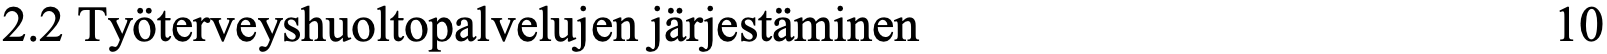
2.2 Työterveyshuoltopalvelujen järjestäminen        10